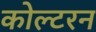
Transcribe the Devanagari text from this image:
कोल्टरन